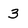
Character: 3